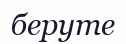
беруте